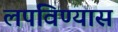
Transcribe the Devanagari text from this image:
लपविण्यास